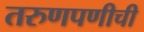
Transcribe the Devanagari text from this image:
तरुणपणीची